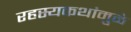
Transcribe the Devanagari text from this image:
रहस्यकथांमुळे